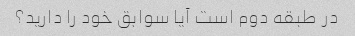
در طبقه دوم است آیا سوابق خود را دارید؟